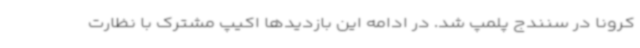
کرونا در سنندج پلمپ شد. در ادامه این بازدیدها اکیپ مشترک با نظارت